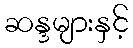
ဆန္ဒများနှင့်